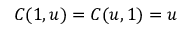
C ( 1 , u ) = C ( u , 1 ) = u